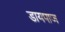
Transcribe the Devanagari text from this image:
डायपाज